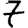
Digit: 7